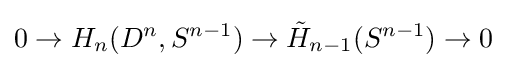
0\rightarrow H_{n}(D^{n},S^{n-1})\rightarrow {\tilde {H}}_{n-1}(S^{n-1})\rightarrow 0